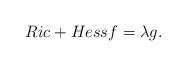
LaTeX: \begin{align*}Ric+Hessf=\lambda g.\end{align*}